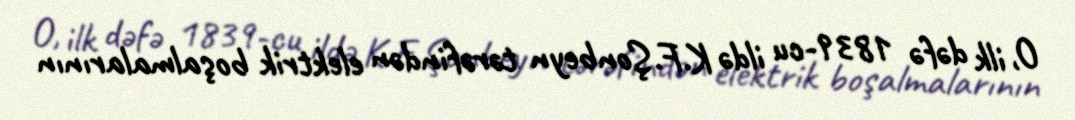
O, ilk dəfə 1839-cu ildə K.F.Şonbeyn tərəfindən elektrik boşalmalarının